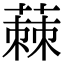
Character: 蕀